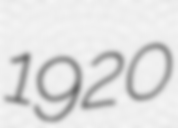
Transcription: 1920